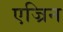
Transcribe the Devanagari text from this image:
एज्रिन